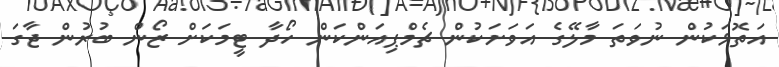
އަތޮޅަކުން ނުވަތަ މާލޭގެ އަވަށަކުން ޗެމްޕިއަންކަން ހޯދާ ޓީމަކަށް ޒޯން ބުރުން ޖާގަ